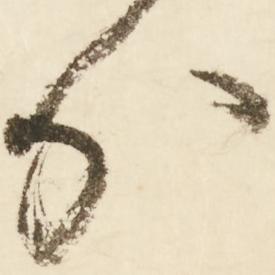
分